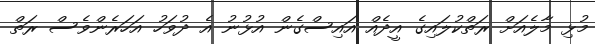
މުޅި މާލެއަށް ރަތްކުލައިގެ އީދެއް އައިސްގެން އުޅުނު އެ ދުވަހު އަހަރެންވެސް ރަތް